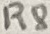
Text: R8